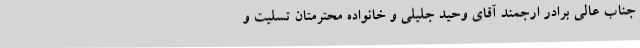
جناب عالی برادر ارجمند آقای وحید جلیلی و خانواده محترمتان تسلیت و